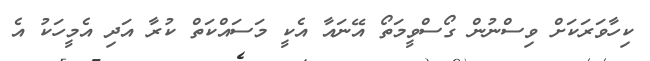
ކިހާވަރަކަށް ވިސްނުން ގޯސްވީމަތޯ އޭނައާ އެކީ މަސައްކަތް ކުރާ އަދި އެމީހަކު އެ